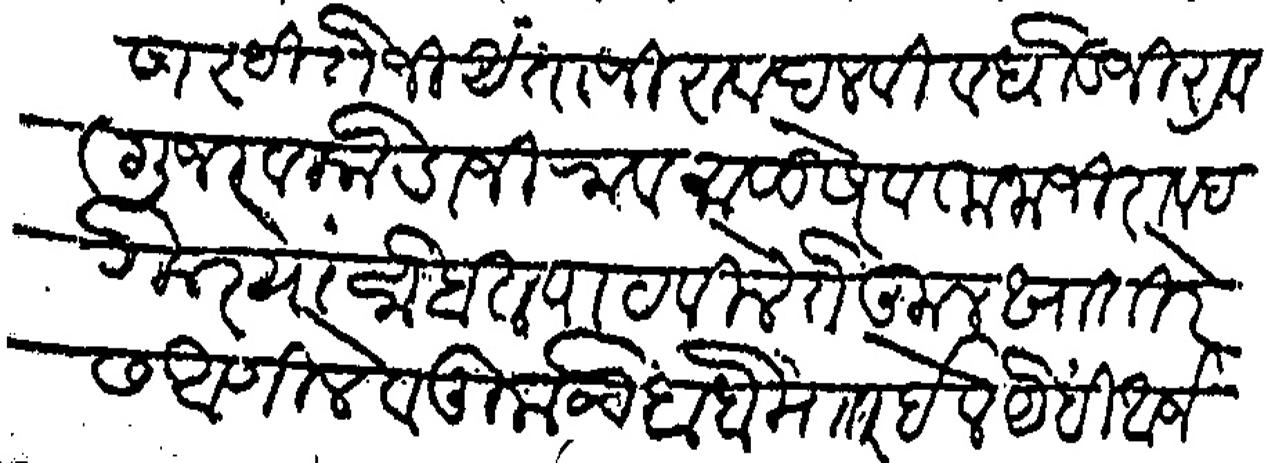
Transliteration (Devanagari): असार हिरोजी अंताजीराव दलवी व धोंडजीराव गुजर व कोंडाजीराव माळीसरे व तानाजीराव दरेकर या सोबत पाठवीले ते कुल खातरेस आणीले व तुमचेबाबे मशार ईले येही अर्ज